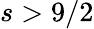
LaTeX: s>9/2